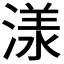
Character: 𣻌